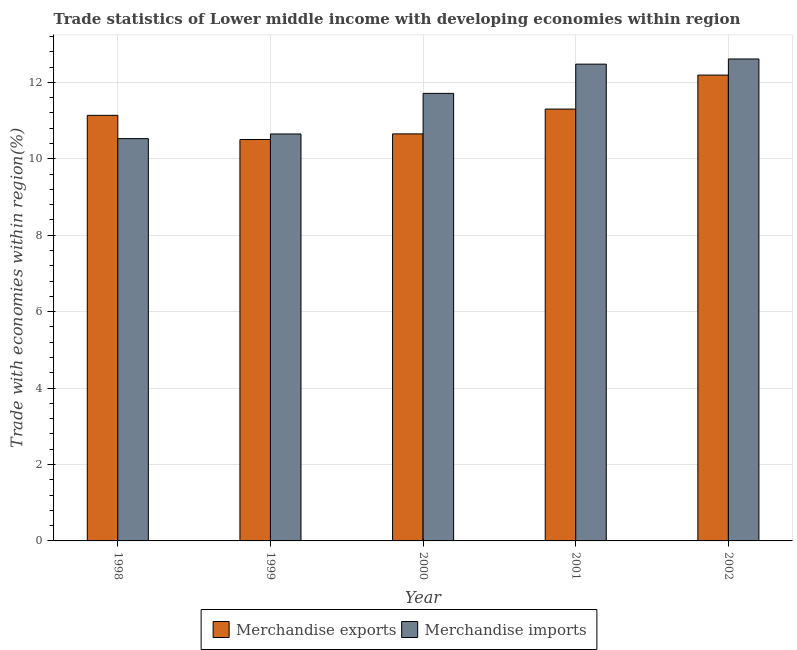
| Year | Merchandise exports | Merchandise imports |
 | --- | --- | --- |
 | 1998 | 11.1 | 10.5 |
 | 1999 | 10.5 | 10.7 |
 | 2000 | 10.7 | 11.7 |
 | 2001 | 11.3 | 12.5 |
 | 2002 | 12.2 | 12.6 |